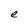
Character: e